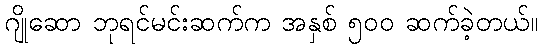
ဂျိုဆော ဘုရင်မင်းဆက်က အနှစ် ၅၀၀ ဆက်ခဲ့တယ်။